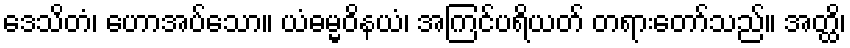
ဒေသိတံ၊ ဟောအပ်သော။ ယံဓမ္မဝိနယံ၊ အကြင်ပရိယတ် တရားတော်သည်။ အတ္ထိ၊